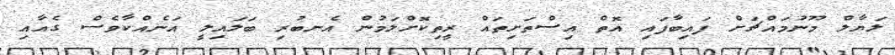
ލަޔާލް މޫނުމައްޗަށް ފައިބާފައި އޮތް އިސްތަށިތައް ރީތިކޮށްލަމުން އެނބުރި ބަލައިލީ އަނެއްކާވެސް ގެއާއި